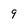
Character: 9